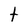
Character: t